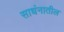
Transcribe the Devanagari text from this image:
साधंनातील